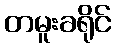
တမူးခရိုင်